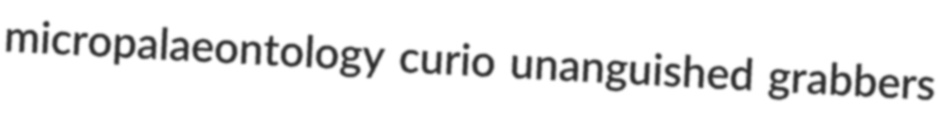
micropalaeontology curio unanguished grabbers